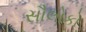
સૌલોકો